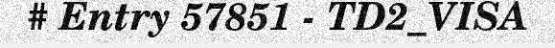
# Entry 57851 - TD2_VISA